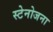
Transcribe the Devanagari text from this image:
स्टेनोजना